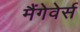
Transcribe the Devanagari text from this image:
मैंगेवेर्स